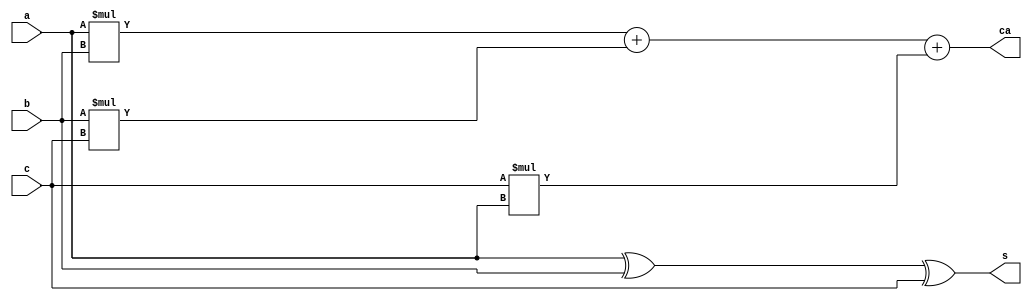
module gate(a, b, c, s, ca);
input a, b, c;
output s, ca;
assign s = a ^ b ^ c;
assign ca = a*b + b*c + c*a;
endmodule